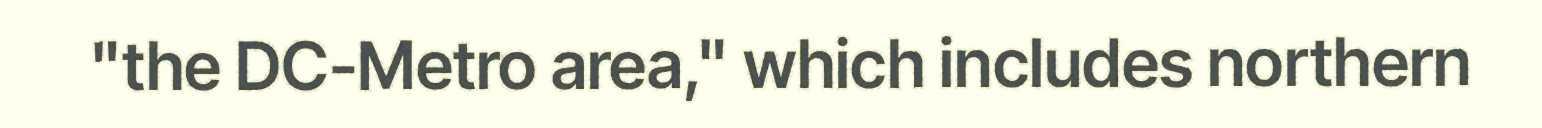
"the DC-Metro area," which includes northern